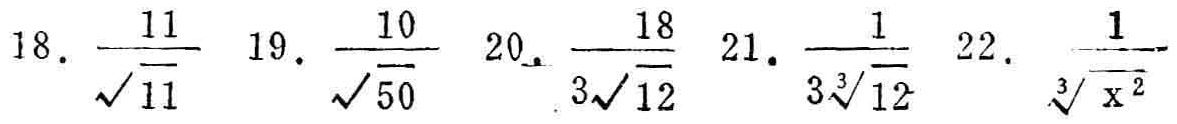
18. $\frac{11}{\sqrt{11}}$ 19. $\frac{10}{\sqrt{50}}$ 20. $\frac{18}{3\sqrt{12}}$ 21. $\frac{1}{3\sqrt[3]{12}}$ 22. $\frac{1}{\sqrt[3]{x^{2}}}$